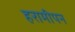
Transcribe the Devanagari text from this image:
हरामीपन